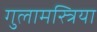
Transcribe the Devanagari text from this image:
गुलामस्त्रिया